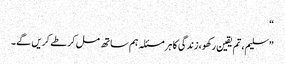
“
”سلیم، تم یقین رکھو، زندگی کا ہر مسئلہ ہم ساتھ مل کر طے کریں گے۔